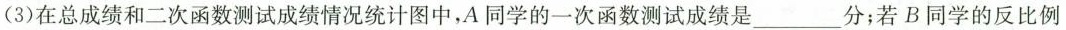
(3)在总成绩和二次函数测试成绩情况统计图中，A同学的一次函数测试成绩是___分；若B同学的反比例